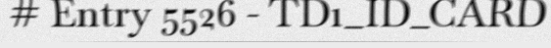
# Entry 5526 - TD1_ID_CARD